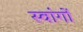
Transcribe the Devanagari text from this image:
स्वांगों